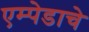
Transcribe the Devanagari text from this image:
एम्पेडाचे